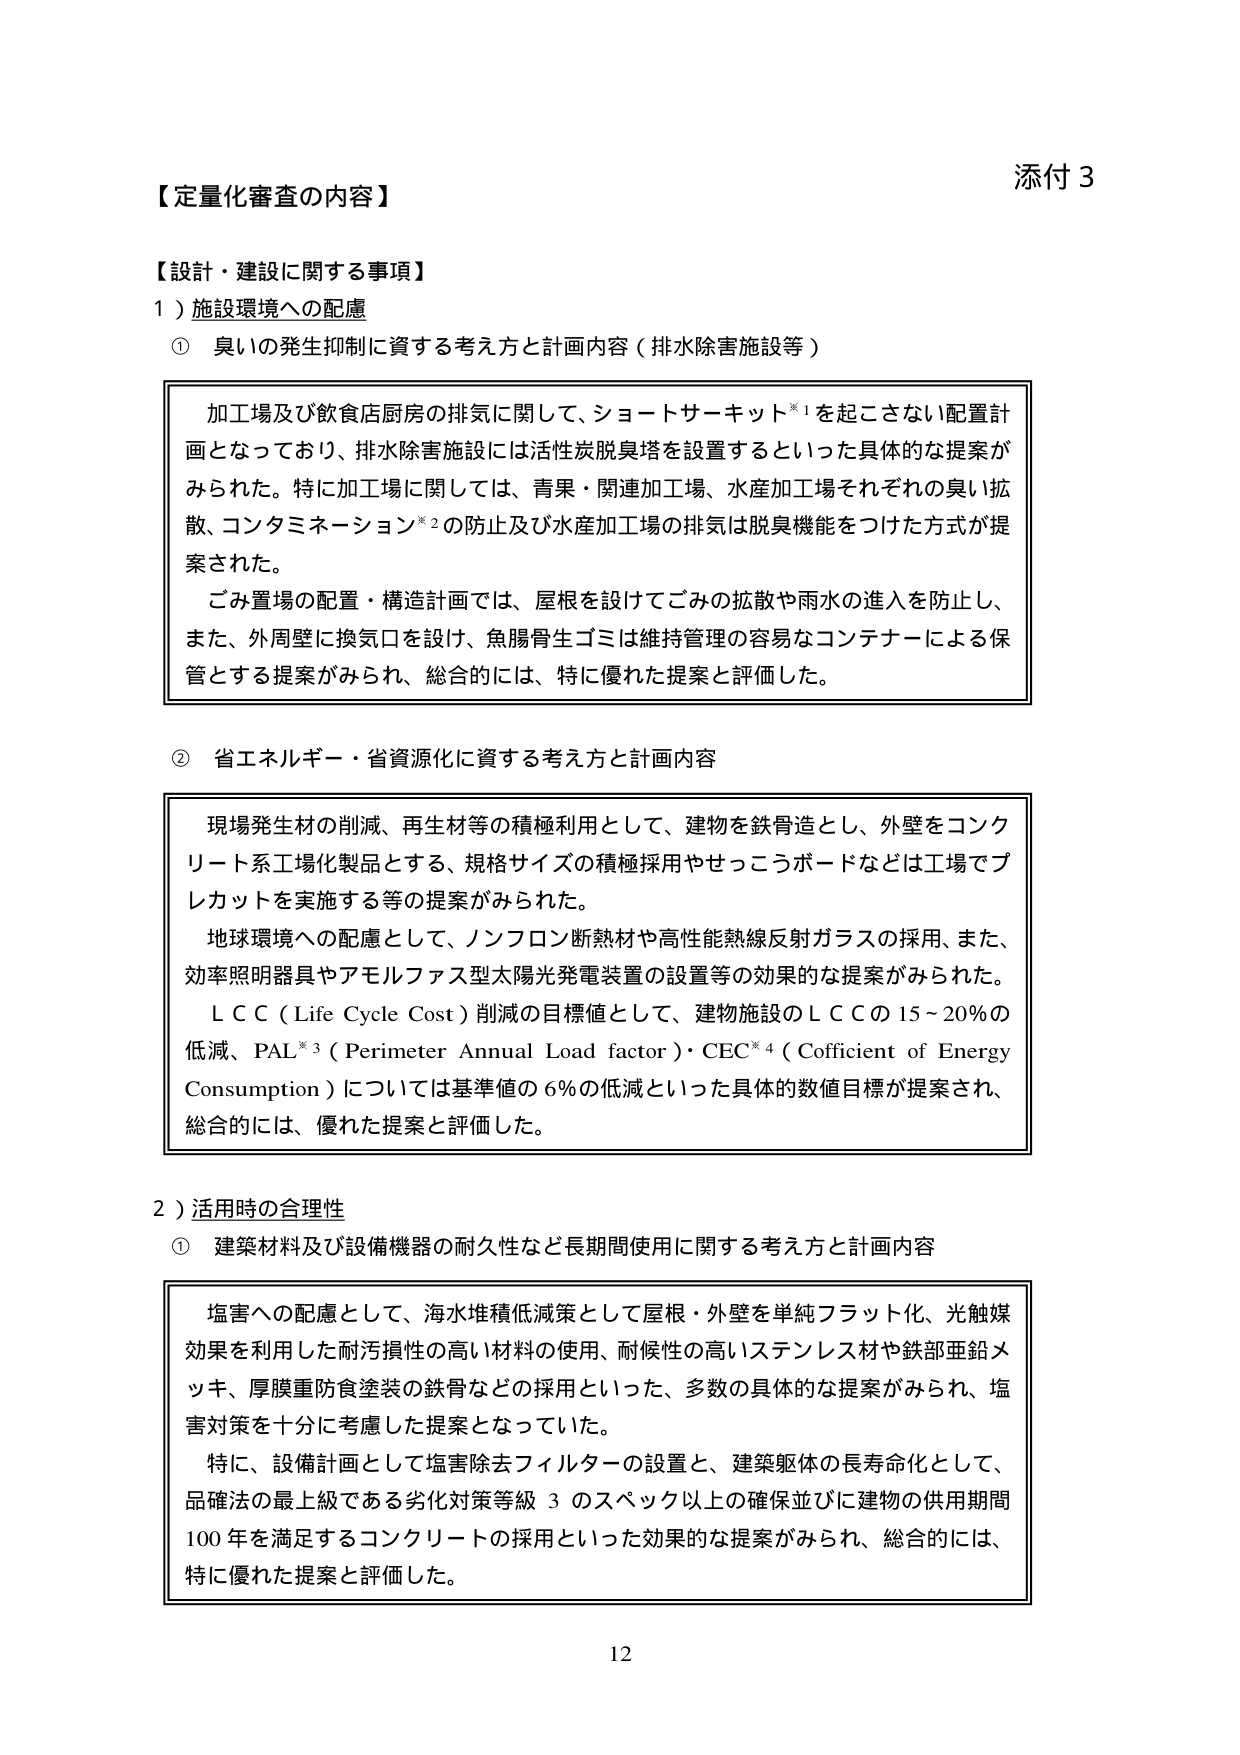
添付 3

【定量化審査の内容】

【設計・建設に関する事項】

１）施設環境への配慮

① 臭いの発生抑制に資する考え方と計画内容（排水除害施設等）

加工場及び飲食店厨房の排気に関して、ショートサーキット※1を起こさない配置計画となっており、排水除害施設には活性炭脱臭塔を設置するといった具体的な提案がみられた。特に加工場に関しては、青果・関連加工場、水産加工場それぞれの臭い拡散、コンタミネーション※2の防止及び水産加工場の排気は脱臭機能をつけた方式が提案された。

ごみ置場の配置・構造計画では、屋根を設けてごみの拡散や雨水の進入を防止し、また、外周壁に換気口を設け、魚腸骨生ゴミは維持管理の容易なコンテナーによる保管とする提案がみられ、総合的には、特に優れた提案と評価した。

② 省エネルギー・省資源化に資する考え方と計画内容

現場発生材の削減、再生材等の積極利用として、建物を鉄骨造とし、外壁をコンクリート系工場化製品とする、規格サイズの積極採用やせっこうボードなどは工場でプレカットを実施する等の提案がみられた。

地球環境への配慮として、ノンフロン断熱材や高性能熱線反射ガラスの採用、また、効率照明器具やアモルファス型太陽光発電装置の設置等の効果的な提案がみられた。

ＬＣＣ（Life Cycle Cost）削減の目標値として、建物施設のＬＣＣの15～20％の低減、PAL※3（Perimeter Annual Load factor）・CEC※4（Coefficient of Energy Consumption）については基準値の6％の低減といった具体的数値目標が提案され、総合的には、優れた提案と評価した。

２）活用時の合理性

① 建築材料及び設備機器の耐久性など長期間使用に関する考え方と計画内容

塩害への配慮として、海水堆積低減策として屋根・外壁を単純フラット化、光触媒効果を利用した耐汚損性の高い材料の使用、耐候性の高いステンレス材や鉄部亜鉛メッキ、厚膜重防食塗装の鉄骨などの採用といった、多数の具体的な提案がみられ、塩害対策を十分に考慮した提案となっていた。

特に、設備計画として塩害除去フィルターの設置と、建築躯体の長寿命化として、品確法の最上級である劣化対策等級3のスペック以上の確保並びに建物の供用期間100年を満足するコンクリートの採用といった効果的な提案がみられ、総合的には、特に優れた提案と評価した。

12